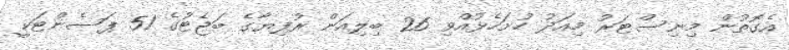
އެގޮތުން މިނިސްޓަރު މިއަދު ހުށަހެޅުއްވި 26 ބިލިއަން ރުފިޔާގެ ބަޖެޓުގެ 51 ޕަސެންޓަކީ